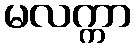
မလက္ကာ